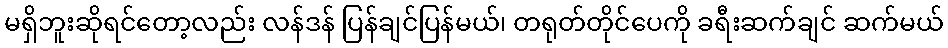
မရှိဘူးဆိုရင်တော့လည်း လန်ဒန် ပြန်ချင်ပြန်မယ်၊ တရုတ်တိုင်ပေကို ခရီးဆက်ချင် ဆက်မယ်